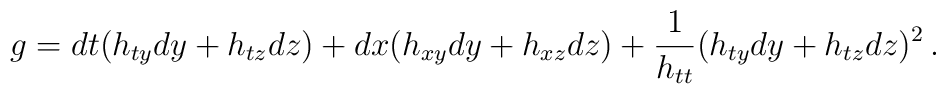
g=dt(h_{ty}dy + h_{tz}dz) + dx(h_{xy}dy+ h_{xz}dz) + {1\over h_{tt}}(h_{ty}dy+h_{tz}dz)^2\,.